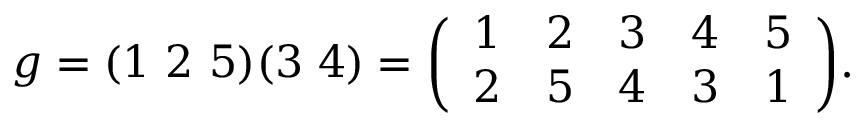
g = ( 1 \ 2 \ 5 ) ( 3 \ 4 ) = { \left( \begin{array} { l l l l l } { 1 } & { 2 } & { 3 } & { 4 } & { 5 } \\ { 2 } & { 5 } & { 4 } & { 3 } & { 1 } \end{array} \right) } .